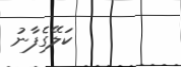
ކަލޭގެފާނު